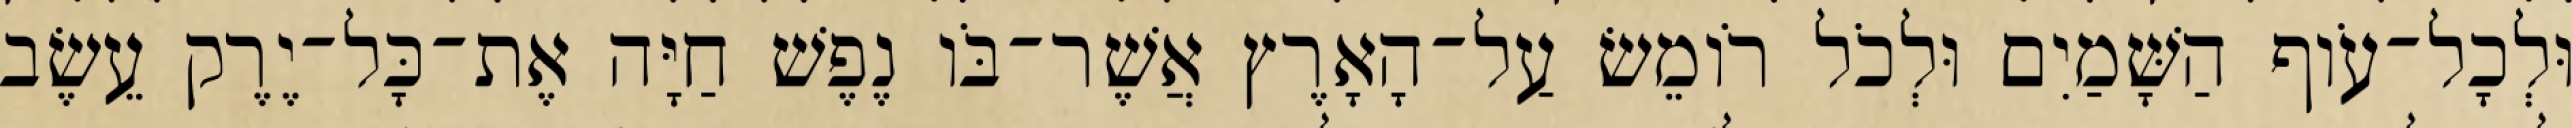
וּלְכָל־עֹוף הַשָּׁמַיִם וּלְכֹל רֹומֵשׂ עַל־הָאָרֶץ אֲשֶׁר־בֹּו נֶפֶשׁ חַיָּה אֶת־כָּל־יֶרֶק עֵשֶׂב